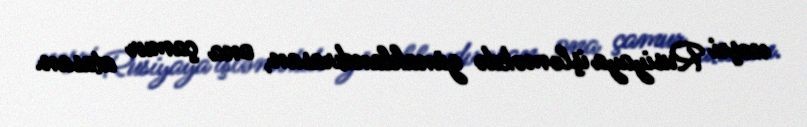
nəşri Rusiyaya işləməkdə günahlandırasan, ona çamur atasan.